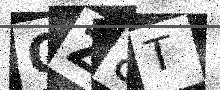
Text: QZ8T